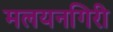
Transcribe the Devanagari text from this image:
मलयनगिरी